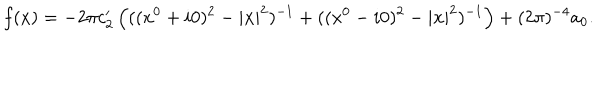
f ( x ) = - 2 \pi c _ { 2 } ^ { \prime } \left( ( ( x ^ { 0 } + i 0 ) ^ { 2 } - | { \bf x } | ^ { 2 } ) ^ { - 1 } + ( ( x ^ { 0 } - i 0 ) ^ { 2 } - | { \bf x } | ^ { 2 } ) ^ { - 1 } \right) + ( 2 \pi ) ^ { - 4 } a _ { 0 } .